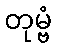
တုမ္ဗံ